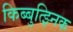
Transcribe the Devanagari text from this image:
किब्बुत्झ्निक